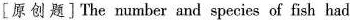
[原创题]The number and species of fish had